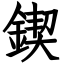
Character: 鍥